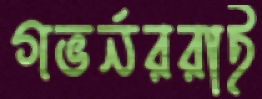
গভর্নররাই